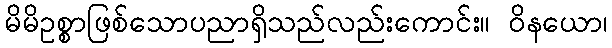
မိမိဥစ္စာဖြစ်သောပညာရှိသည်လည်းကောင်း။ ဝိနယော၊